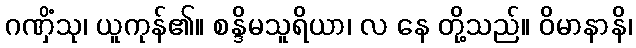
ဂဏှိံသု၊ ယူကုန်၏။ စန္ဒိမသူရိယာ၊ လ နေ တို့သည်။ ဝိမာနာနိ၊